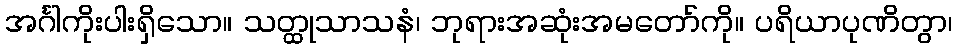
အင်္ဂါကိုးပါးရှိသော။ သတ္ထုသာသနံ၊ ဘုရားအဆုံးအမတော်ကို။ ပရိယာပုဏိတွာ၊